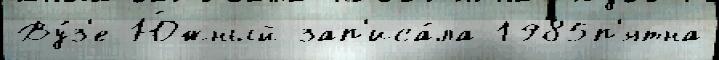
Ву́з'е Ю́жный зап'иса́ла 1985п'ятна